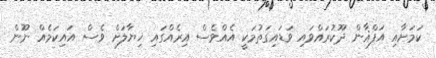
ކަމަށާއި އަފްޣާން ދޫކުރައްވައި ވަޑައިގަތުމަކީ އެއްވެސް އިރެއްގައި ޚިޔާލަށް ވެސް އައިކަމެއް ނޫން